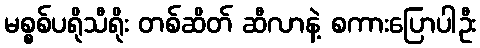
မစ္စစ်ပရိုသီရိုး တစ်ဆိတ် ဆီလာနဲ့ စကားပြောပါဦး